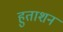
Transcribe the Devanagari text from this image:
हुताशन